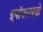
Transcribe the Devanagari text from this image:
इपॉक्साइडों